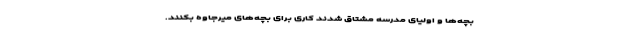
بچه‌ها و اولیای مدرسه مشتاق شدند کاری برای بچه‌های میرجاوه بکنند.